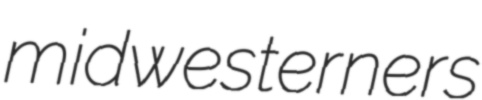
midwesterners